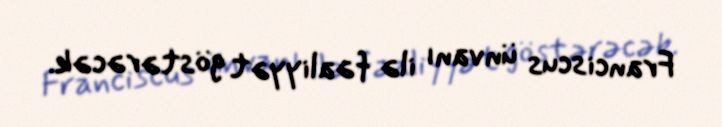
Franciscus ünvanı ilə fəaliyyət göstərəcək.